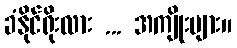
ခံနိုင်ရိုးလား ... အကျိုးများ။